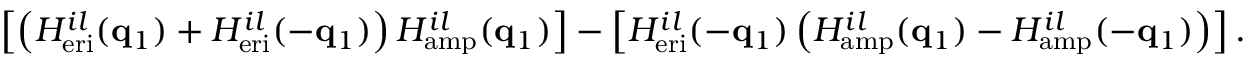
\left[ \left( H _ { \mathrm { e r i } } ^ { i l } ( \mathbf { q } _ { 1 } ) + H _ { \mathrm { e r i } } ^ { i l } ( - \mathbf { q } _ { 1 } ) \right) H _ { \mathrm { a m p } } ^ { i l } ( \mathbf { q } _ { 1 } ) \right] - \left[ H _ { \mathrm { e r i } } ^ { i l } ( - \mathbf { q } _ { 1 } ) \left( H _ { \mathrm { a m p } } ^ { i l } ( \mathbf { q } _ { 1 } ) - H _ { \mathrm { a m p } } ^ { i l } ( - \mathbf { q } _ { 1 } ) \right) \right] .